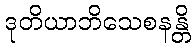
ဒုတိယာဘိသေစနန္တိ